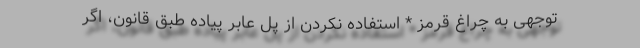
توجهی به چراغ قرمز * استفاده نکردن از پل عابر پیاده طبق قانون، اگر